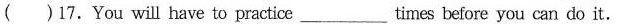
( )17.You will have to practice ___ times before you can do it.